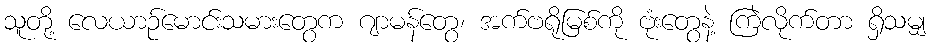
သူတို့ လေယာဉ်မောင်းသမားတွေက ဂျာမန်တွေ၊ အက်ဗရိုမြစ်ကို ဗုံးတွေနဲ့ ကြဲလိုက်တာ ရှိသမျှ